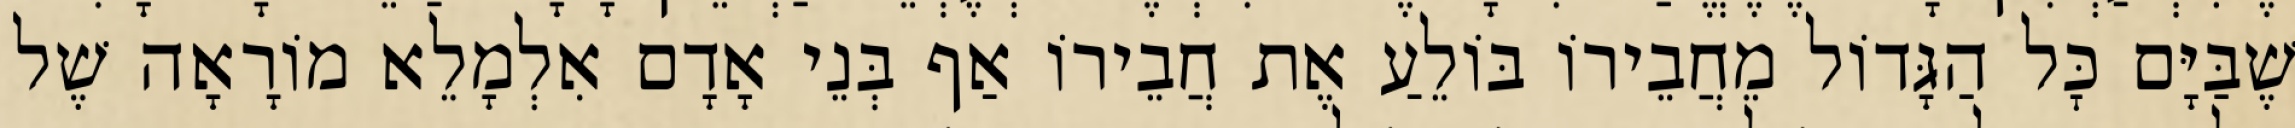
שֶׁבַּיָּם כׇּל הַגָּדוֹל מֵחֲבֵירוֹ בּוֹלֵעַ אֶת חֲבֵירוֹ אַף בְּנֵי אָדָם אִלְמָלֵא מוֹרָאָה שֶׁל